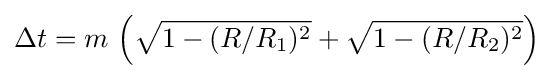
\Delta t=m\,\left({\sqrt {1-(R/R_{1})^{2}}}+{\sqrt {1-(R/R_{2})^{2}}}\right)